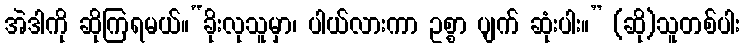
အဲဒါကို ဆိုကြရမယ်။“ခိုးလုသူမှာ၊ ပါယ်လားကာ ဥစ္စာ ပျက် ဆုံးပါး။” (ဆို)သူတစ်ပါး